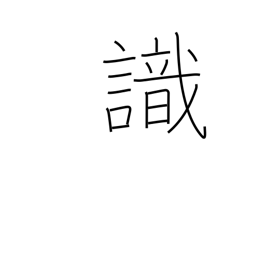
Meaning: know